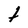
Character: t